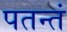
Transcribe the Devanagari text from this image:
पतन्तं